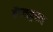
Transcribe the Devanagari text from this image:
बॅटलक्रुझर